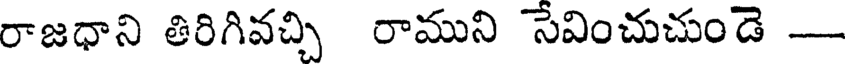
రాజధాని తిరిగివచ్చి రాముని సేవించుచుండె -